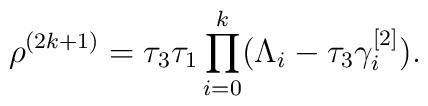
\rho^{(2k+1)}=  \tau_3 \tau_1 \prod_{i=0}^{k} (\Lambda_{i} -                                                 \tau_3 \gamma_{i}^{[2]}) .